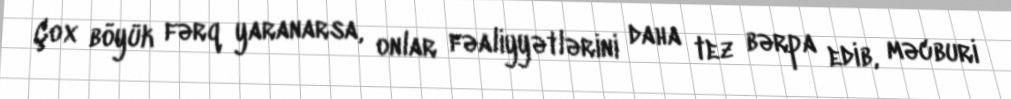
Çox böyük fərq yaranarsa, onlar fəaliyyətlərini daha tez bərpa edib, məcburi